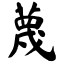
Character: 蔑